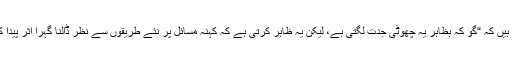
گیٹس کہتے ہیں کہ “گو کہ بظاہر یہ چھوٹی جدت لگتی ہے، لیکن یہ ظاہر کرتی ہے کہ کہنہ مسائل پر نئے طریقوں سے نظر ڈالنا گہرا اثر پیدا کر سکتا ہے۔